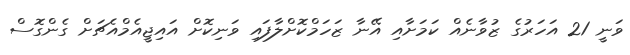
ވަނީ 21 އަހަރުގެ ޒުވާނެއް ކަމަށާއި އޭނާ ޒަހަމްކޮށްލާފައި ވަނިކޮށް އައިޖީއެމްއެޗަށް ގެންގޮސް